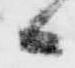
日